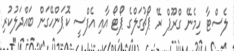
ލެސްޓާ ހިމެނޭ ގްރޫޕް ރޭ ޕޯޗުގަލްގެ ޕޯޓޯ އާއި އެފްސީ ކޮޕަންހޭގަން ބައްދަލުކުރި